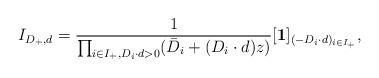
LaTeX: \begin{align*}I_{D_+,d}=\frac{1}{\prod_{i\in I_+, D_i\cdot d>0}(\bar D_i+(D_i\cdot d)z)}[\textbf{1}]_{(-D_i\cdot d)_{i\in I_+}},\end{align*}